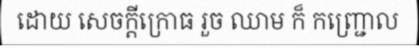
ដោយ សេចក្តីក្រោធ រួច ឈាម ក៏ កញ្ជ្រោល